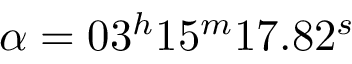
\alpha = 0 3 ^ { h } 1 5 ^ { m } 1 7 . 8 2 ^ { s }